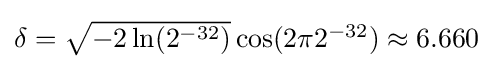
{\textstyle \delta ={\sqrt {-2\ln(2^{-32})}}\cos(2\pi 2^{-32})\approx 6.660}